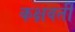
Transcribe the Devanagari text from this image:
कक्षवर्ती